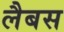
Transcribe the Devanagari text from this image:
लैबस